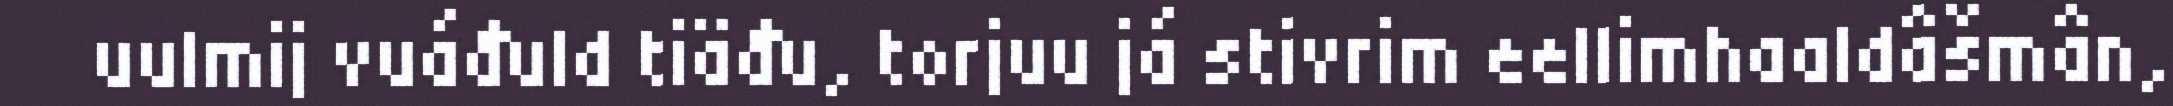
uulmij vuáđuld tiäđu, torjuu já stivrim eellimhaaldâšmân,